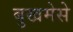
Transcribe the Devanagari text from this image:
बुखमेसे